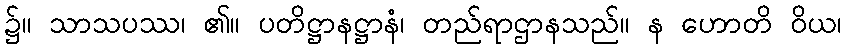
၌။ သာသပဿ၊ ၏။ ပတိဋ္ဌာနဋ္ဌာနံ၊ တည်ရာဌာနသည်။ န ဟောတိ ဝိယ၊